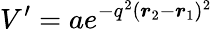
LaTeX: V^{\prime}=ae^{-q^{2}(\boldsymbol{r}_{2}-\boldsymbol{r}_{1})^{2}}